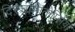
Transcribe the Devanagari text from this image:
दिस्च्रोमातोप्सिया